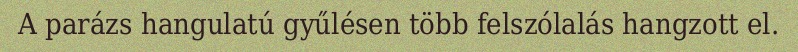
A parázs hangulatú gyűlésen több felszólalás hangzott el.